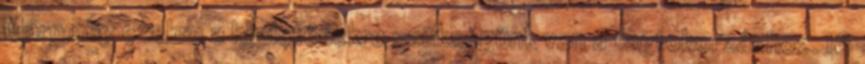
Márpedig ezekre a hirdetésekre szükségünk van a tagtoborzáshoz. 16